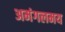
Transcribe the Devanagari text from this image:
अमंगलमय